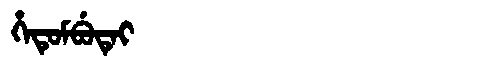
Manchu: ᡥᡝᡨᡠᠮᠪᡠᡨᡝᡳ
Romanization: HETUMBUTEI